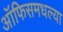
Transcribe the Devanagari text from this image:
ऑफिसमधल्या